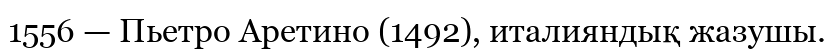
1556 — Пьетро Аретино (1492), италияндық жазушы.